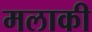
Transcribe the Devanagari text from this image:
मलाकी